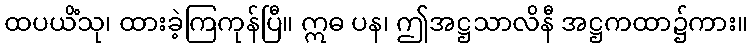
ထပယိံသု၊ ထားခဲ့ကြကုန်ပြီ။ ဣဓ ပန၊ ဤအဋ္ဌသာလိနီ အဋ္ဌကထာ၌ကား။